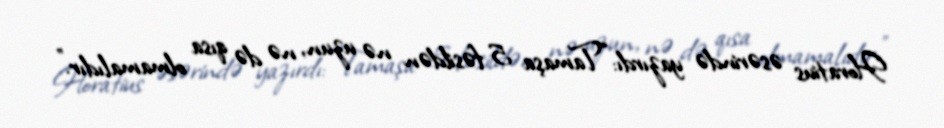
Horatius əsərində yazırdı: “Tamaşa 5 fəsildən nə uzun, nə də qısa olmamalıdır.”